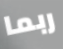
ربما